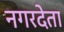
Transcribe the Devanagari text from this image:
नगरदेता